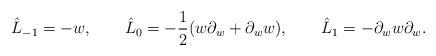
LaTeX: \begin{align*}\hat L_{-1}=-w,\qquad \hat L_0=-{1\over 2}(w\partial_w+\partial_w w),\qquad\hat L_1=-\partial_w w\partial_w.\end{align*}